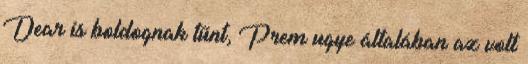
Dear is boldognak tűnt, Prem ugye általában az volt